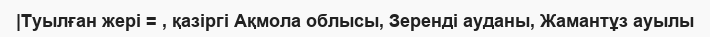
|Туылған жері = , қазіргі Ақмола облысы, Зеренді ауданы, Жамантұз ауылы